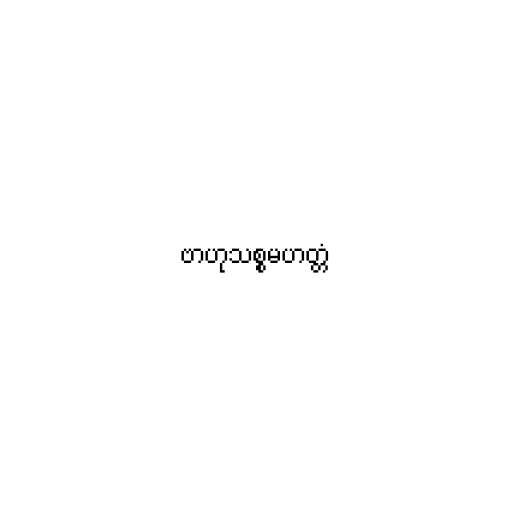
ဗာဟုသစ္စမဟတ္တံ